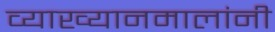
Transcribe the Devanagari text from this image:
व्याख्यानमालांनी